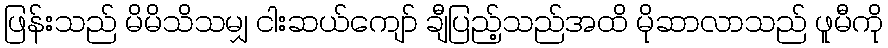
ဖြန်းသည် မိမိသိသမျှ ငါးဆယ်ကျော် ချီပြည့်သည်အထိ မိုဆာလာသည် ဖူမီကို